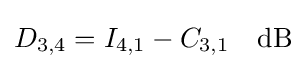
D_{3,4}=I_{4,1}-C_{3,1}\quad {\rm {dB}}